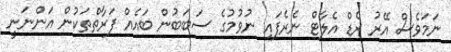
ނަމަވެސް އޭރު ރެޑް އެލާޓް ނެރެފައި ނުވުމުގެ ސަބަބުން ބައެއް ފަރާތްތަކުން އަންނަނީ